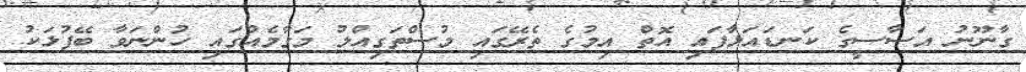
ގާނޫނު އަސާސީގެ ކަނޑައަޅާފައި އޮތް އިމުގެ ތެރޭގައި މުސްތަގިއްލު މަގާމެއްގައި ހުންނަވާ ބޭފުޅަކު